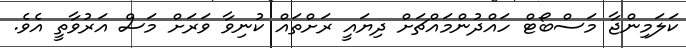
ކަލަމިންޖާ މަސްބޯޓް ހައްދުންމައްޗަށް ދިޔައީ ރަށްތައް ކުނިވާ ވަރަށް މަސް އަރުވާތީ އެވެ.